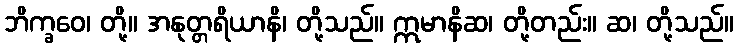
ဘိက္ခဝေ၊ တို့။ အနုတ္တရိယာနိ၊ တို့သည်။ ဣမာနိဆ၊ တို့တည်း။ ဆ၊ တို့သည်။